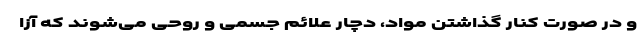
و در صورت کنار گذاشتن مواد، دچار علائم جسمی و روحی می‌شوند که آزا